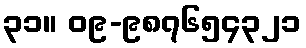
၃၁။ ၀၉-၉၈၇၆၅၄၃၂၁